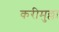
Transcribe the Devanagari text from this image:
करीमुल्ला